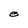
Character: e